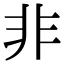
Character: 非